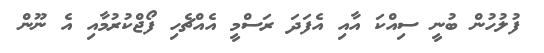
ފުލުހުން ބުނީ ސިއްކަ އާއި އެފަދަ ރަސްމީ އެއްޗެހި ފޯޖްކުރުމާއި އެ ނޫން